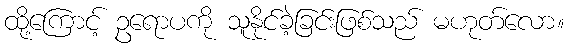
ထို့ကြောင့် ဥရောပကို သူနိုင်ခဲ့ခြင်းဖြစ်သည် မဟုတ်လော။